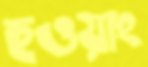
হুওয়াং